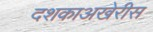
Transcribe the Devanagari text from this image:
दशकाअखेरीस